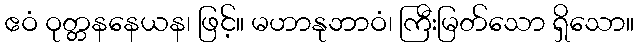
ဧဝံ ဝုတ္တနနေယန၊ ဖြင့်။ မဟာနုဘာဝံ၊ ကြီးမြတ်သော ရှိသော။